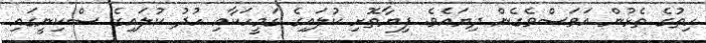
ހިތުގެ ތެޅުން އަވަސްވެގެން ދިޔައެވެ. ފިޔާތޮށި ކުލައިގެ ގަމީހަކާއި ހުދު ކުލައިގެ ސްކިނީގައި